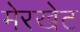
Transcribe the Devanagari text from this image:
मेरखेट